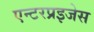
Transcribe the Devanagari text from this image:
एन्टरप्रइजेस